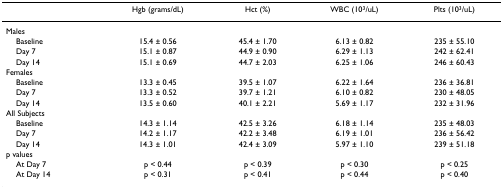
|  | Hgb (grams/dL) | Hct (%) | WBC (103/uL) | Plts (103/uL) |
 | --- | --- | --- | --- | --- |
 | Males |  |  |  |  |
 | Baseline | 15.4 ± 0.56 | 45.4 ± 1.70 | 6.13 ± 0.82 | 235 ± 55.10 |
 | Day 7 | 15.1 ± 0.87 | 44.9 ± 0.90 | 6.29 ± 1.13 | 242 ± 62.41 |
 | Day 14 | 15.1 ± 0.69 | 44.7 ± 2.03 | 6.25 ± 1.06 | 246 ± 60.43 |
 | Females |  |  |  |  |
 | Baseline | 13.3 ± 0.45 | 39.5 ± 1.07 | 6.22 ± 1.64 | 236 ± 36.81 |
 | Day 7 | 13.3 ± 0.52 | 39.7 ± 1.21 | 6.10 ± 0.82 | 230 ± 48.05 |
 | Day 14 | 13.5 ± 0.60 | 40.1 ± 2.21 | 5.69 ± 1.17 | 232 ± 31.96 |
 | All Subjects |  |  |  |  |
 | Baseline | 14.3 ± 1.14 | 42.5 ± 3.26 | 6.18 ± 1.14 | 235 ± 48.03 |
 | Day 7 | 14.2 ± 1.17 | 42.2 ± 3.48 | 6.19 ± 1.01 | 236 ± 56.42 |
 | Day 14 | 14.3 ± 1.01 | 42.4 ± 3.09 | 5.97 ± 1.10 | 239 ± 51.18 |
 | p values |  |  |  |  |
 | At Day 7 | p < 0.44 | p < 0.39 | p < 0.30 | p < 0.25 |
 | At Day 14 | p < 0.31 | p < 0.41 | p < 0.44 | p < 0.40 |